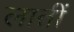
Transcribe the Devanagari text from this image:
लातीं